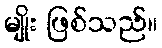
မျိုး ဖြစ်သည်။